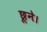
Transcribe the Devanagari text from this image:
छूने।